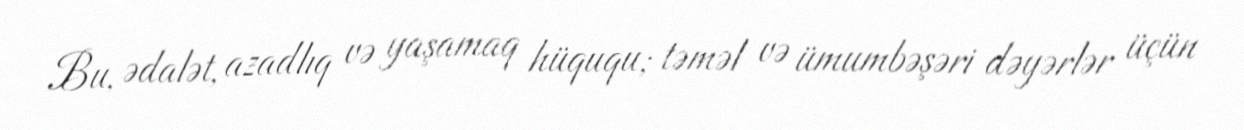
Bu, ədalət, azadlıq və yaşamaq hüququ; təməl və ümumbəşəri dəyərlər üçün